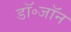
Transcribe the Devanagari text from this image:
डॉ॰जॉन